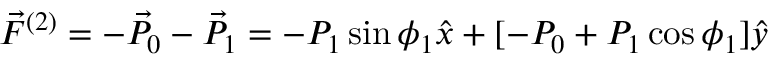
\vec { F } ^ { ( 2 ) } = - \vec { P } _ { 0 } - \vec { P } _ { 1 } = - P _ { 1 } \sin \phi _ { 1 } \hat { x } + [ - P _ { 0 } + P _ { 1 } \cos \phi _ { 1 } ] \hat { y }